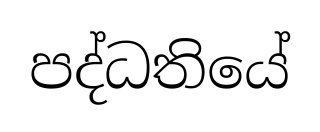
පද්ධතියේ